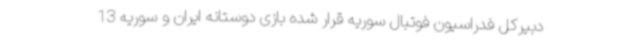
دبیرکل فدراسیون فوتبال سوریه قرار شده بازی دوستانه ایران و سوریه 13